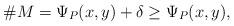
LaTeX: \begin{align*} \# M= \Psi_P(x,y)+\delta \geq \Psi_P(x,y),\end{align*}